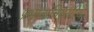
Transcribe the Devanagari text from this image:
प्रभावांविषयीचे